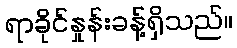
ရာခိုင်နှုန်းခန့်ရှိသည်။